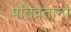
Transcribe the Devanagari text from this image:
पतिव्रतानां